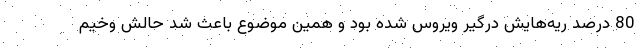
80 درصد ریه‌هایش درگیر ویروس شده بود و همین موضوع باعث شد حالش وخیم